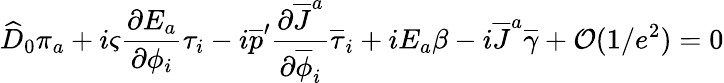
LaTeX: \widehat{D}_{0}\pi_{a}+i\varsigma{\frac{\partial E_{a}}{\partial\phi_{i}}}\tau_{i}-i\overline{{{p}}}^{\prime}{\frac{\partial\overline{{{J}}}^{a}}{\partial\overline{{{\phi}}}_{i}}}\overline{{{\tau}}}_{i}+iE_{a}\beta-i\overline{{{J}}}^{a}\overline{{{\gamma}}}+{\cal O}(1/e^{2})=0